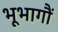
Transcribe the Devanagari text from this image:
भूभागौं